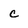
Character: c